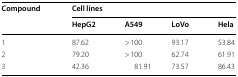
<table><thead><tr><td rowspan="2"><b>Compound</b></td><td colspan="4"><b>Cell lines</b></td></tr><tr><td><b>HepG2</b></td><td><b>A549</b></td><td><b>LoVo</b></td><td><b>Hela</b></td></tr></thead><tbody><tr><td>1</td><td>87.62</td><td>&gt; 100</td><td>93.17</td><td>53.84</td></tr><tr><td>2</td><td>79.20</td><td>&gt; 100</td><td>62.74</td><td>61.91</td></tr><tr><td>3</td><td>42.36</td><td>81.91</td><td>73.57</td><td>86.43</td></tr></tbody></table>